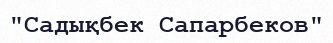
"Садықбек Сапарбеков"